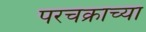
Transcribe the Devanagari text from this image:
परचक्राच्या